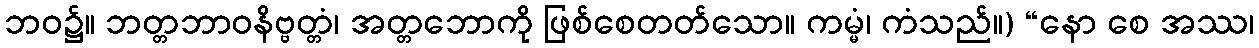
ဘဝ၌။ ဘတ္တဘာဝနိဗ္ဗတ္တံ၊ အတ္တဘောကို ဖြစ်စေတတ်သော။ ကမ္မံ၊ ကံသည်။) “နော စေ အဿ၊